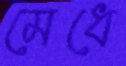
মেধে